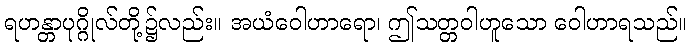
ရဟန္တာပုဂ္ဂိုလ်တို့၌လည်း။ အယံဝေါဟာရော၊ ဤသတ္တဝါဟူသော ဝေါဟာရသည်။